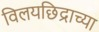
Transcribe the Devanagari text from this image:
विलयछिद्राच्या